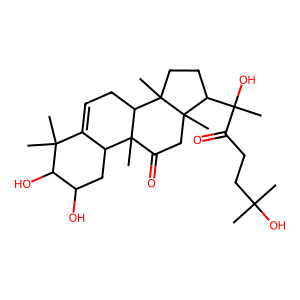
SMILES: CC(C)(O)CCC(=O)C(C)(O)C1CCC2(C)C3CC=C4C(CC(O)C(O)C4(C)C)C3(C)C(=O)CC12C
Inhibits HIV replication: No